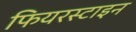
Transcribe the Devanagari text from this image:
फियरस्टाइन